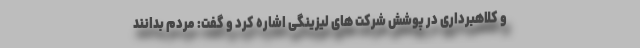
و کلاهبرداری در پوشش شرکت های لیزینگی اشاره کرد و گفت: مردم بدانند